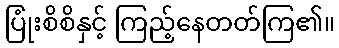
ပြုံးစိစိနှင့် ကြည့်နေတတ်ကြ၏။